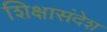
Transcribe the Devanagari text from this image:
शिक्षासंदेश